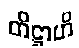
တိဋ္ဌာဟိ